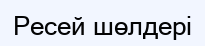
Ресей шөлдері